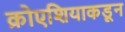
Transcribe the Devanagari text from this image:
क्रोएशियाकडून